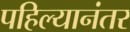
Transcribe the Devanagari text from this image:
पहिल्यानंतर